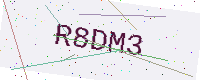
Text: R8DM3